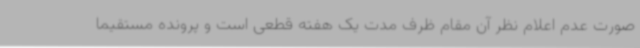
صورت عدم اعلام نظر آن مقام ظرف مدت یک هفته قطعی است و پرونده مستقیما